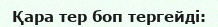
Қара тер боп тергейді: